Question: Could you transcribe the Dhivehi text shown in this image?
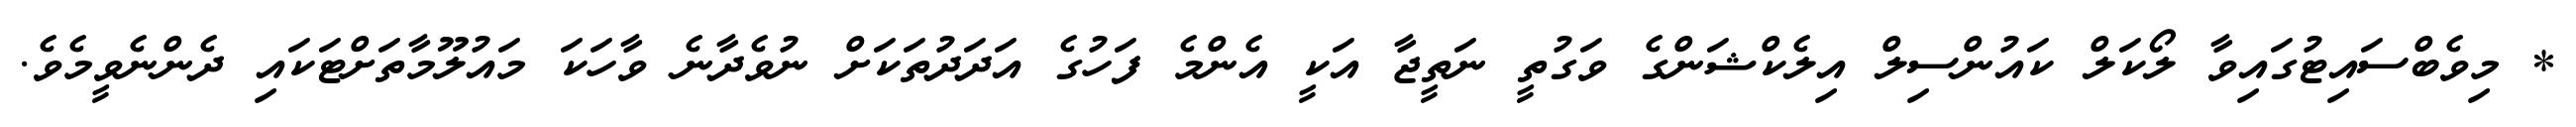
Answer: * މިވެބްސައިޓުގައިވާ ލޯކަލް ކައުންސިލް އިލެކްޝަންގެ ވަގުތީ ނަތީޖާ އަކީ އެންމެ ފަހުގެ އަދަދުތަކަށް ނުވެދާނެ ވާހަކަ މައުލޫމާތަށްޓަކައި ދެންނެވީމެވެ.